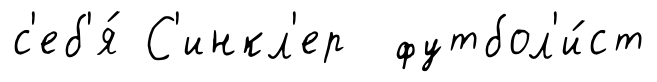
с'еб'я́ С'инкл'ер футбол'и́ст